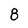
Character: 8